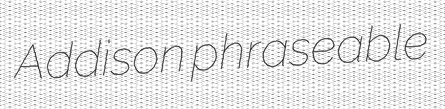
Addison phraseable